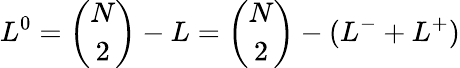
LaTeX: L^{0}=\binom{N}{2}-L=\binom{N}{2}-(L^{-}+L^{+})